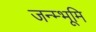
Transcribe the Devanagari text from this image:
जन्म्भूमि